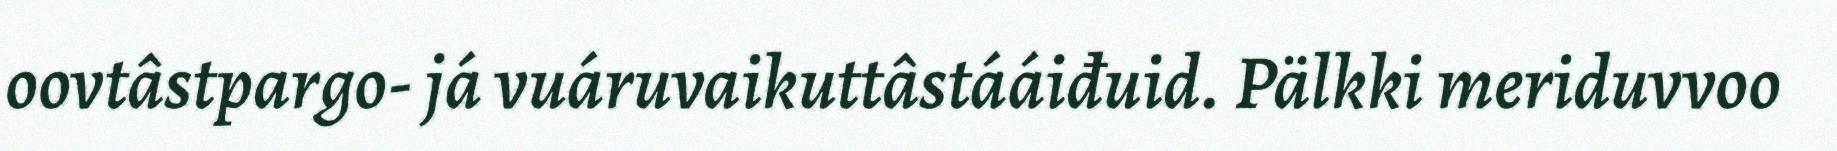
oovtâstpargo- já vuáruvaikuttâstááiđuid. Pälkki meriduvvoo